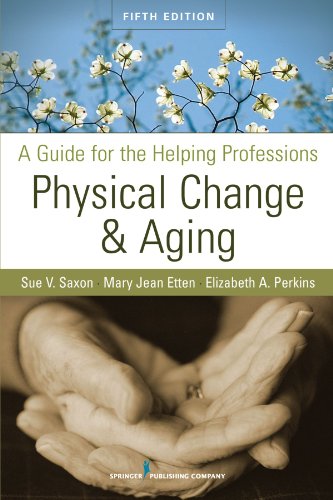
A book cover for Physical Change and Aging: A Guide for the Helping Professions, Fifth Edition; Sue V. Saxon PhD; Medical Books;